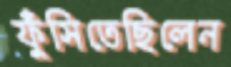
ফুঁসিতেছিলেন